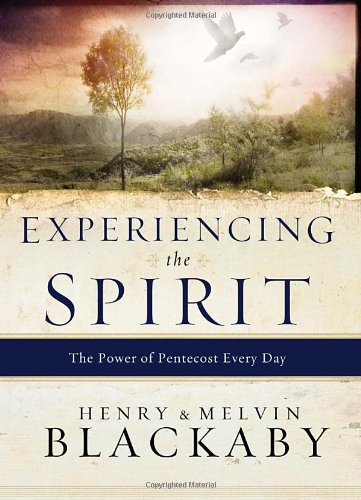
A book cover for Experiencing the Spirit: The Power of Pentecost Every Day; Henry Blackaby; Christian Books & Bibles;